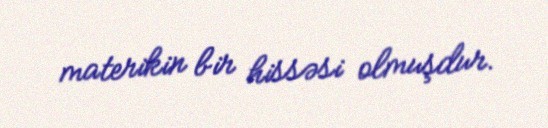
materikin bir hissəsi olmuşdur.